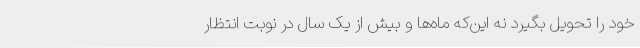
خود را تحویل بگیرد نه این‌که ماه‌ها و بیش از یک سال در نوبت انتظار